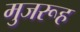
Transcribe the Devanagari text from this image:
मुजरूह